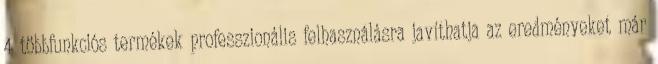
4 többfunkciós termékek professzionális felhasználásra javíthatja az eredményeket már